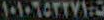
١٠١٠٦٥٣٢٧١٠٥